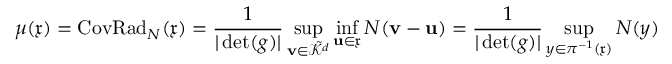
\mu ( \mathfrak { x } ) = \operatorname { C o v R a d } _ { N } ( \mathfrak { x } ) = \frac { 1 } { \vert \operatorname* { d e t } ( g ) \vert } \operatorname* { s u p } _ { \mathbf { v } \in \tilde { \mathcal { K } } ^ { d } } \operatorname* { i n f } _ { \mathbf { u } \in \mathfrak { x } } N ( \mathbf { v } - \mathbf { u } ) = \frac { 1 } { \vert \operatorname* { d e t } ( g ) \vert } \operatorname* { s u p } _ { y \in \pi ^ { - 1 } ( \mathfrak { x } ) } N ( y )